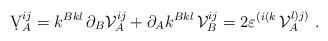
LaTeX: \begin{align*}\d {\cal V}_A^{ij}= k^{Bkl}\,\partial _B{\cal V}_A^{ij}+\partial_A k^{Bkl} \,{\cal V}_B^{ij}=2\varepsilon^{(i(k}\,{\cal V}_A^{l)j)}\ .\end{align*}